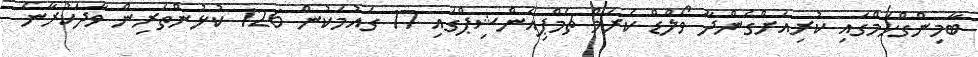
ބާމިންގްހަމްގައި ކުރިއަށްގެންދާ ވޯލްޑް ކެރަމް ޗެމްޕިއަންޝިޕްގައި 17 ގައުމަކުން 126 ކުޅުންތެރިން ވާދަކުރާނެ